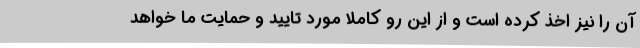
آن را نیز اخذ کرده است و از این رو کاملا مورد تایید و حمایت ما خواهد